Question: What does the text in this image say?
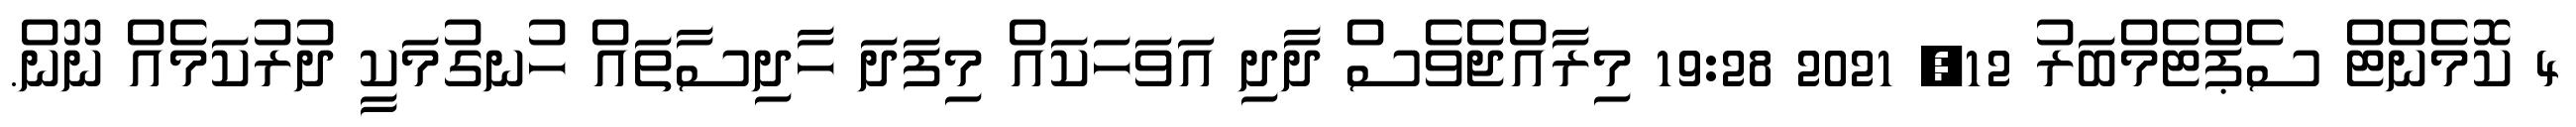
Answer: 4 ކޮމެންޓް ސެޕްޓެމްބަރު 12, 2021 19:28 މިރާއްޖެވެސް ދާދި އަވަހަކައް މިފަދަ ހާދިސާތައް ހުނގުމަކީ ދުރުކަމެއް ނޫން.